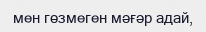
мен гөзмеген мәғәр адай,